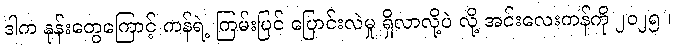
ဒါက နုန်းတွေကြောင့် ကန်ရဲ့ ကြမ်းပြင် ပြောင်းလဲမှု ရှိလာလို့ပဲ လို့ အင်းလေးကန်ကို ၂၀၂၅ ၊